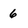
Character: 6